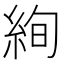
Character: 絢